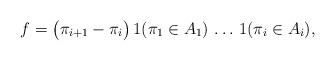
LaTeX: \begin{align*}f=\bigl(\pi_{i+1}-\pi_i\bigr)\,1(\pi_1\in A_1)\,\ldots\,1(\pi_i\in A_i),\end{align*}